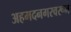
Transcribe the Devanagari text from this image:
अहमदनगरवरून